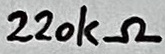
Text: 220kΩ